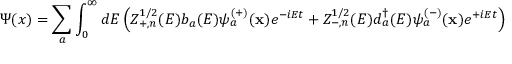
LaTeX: \Psi ( x ) = \sum _ { a } \int _ { 0 } ^ { \infty } d E \left( Z _ { + , n } ^ { 1 / 2 } ( E ) b _ { a } ( E ) \psi _ { a } ^ { ( + ) } ( { \bf x } ) e ^ { - i E t } + Z _ { - , n } ^ { 1 / 2 } ( E ) d _ { a } ^ { \dagger } ( E ) \psi _ { a } ^ { ( - ) } ( { \bf x } ) e ^ { + i E t } \right)